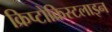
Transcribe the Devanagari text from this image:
क्रिप्टोक्रिस्टलाइन